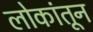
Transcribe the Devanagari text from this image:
लोकांतून